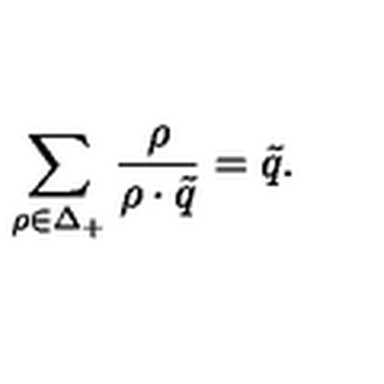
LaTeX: \sum _ { \rho \in \Delta _ { + } } { \frac { \rho } { \rho \cdot \tilde { q } } } = \tilde { q } .